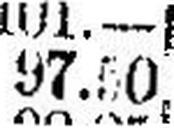
97.50